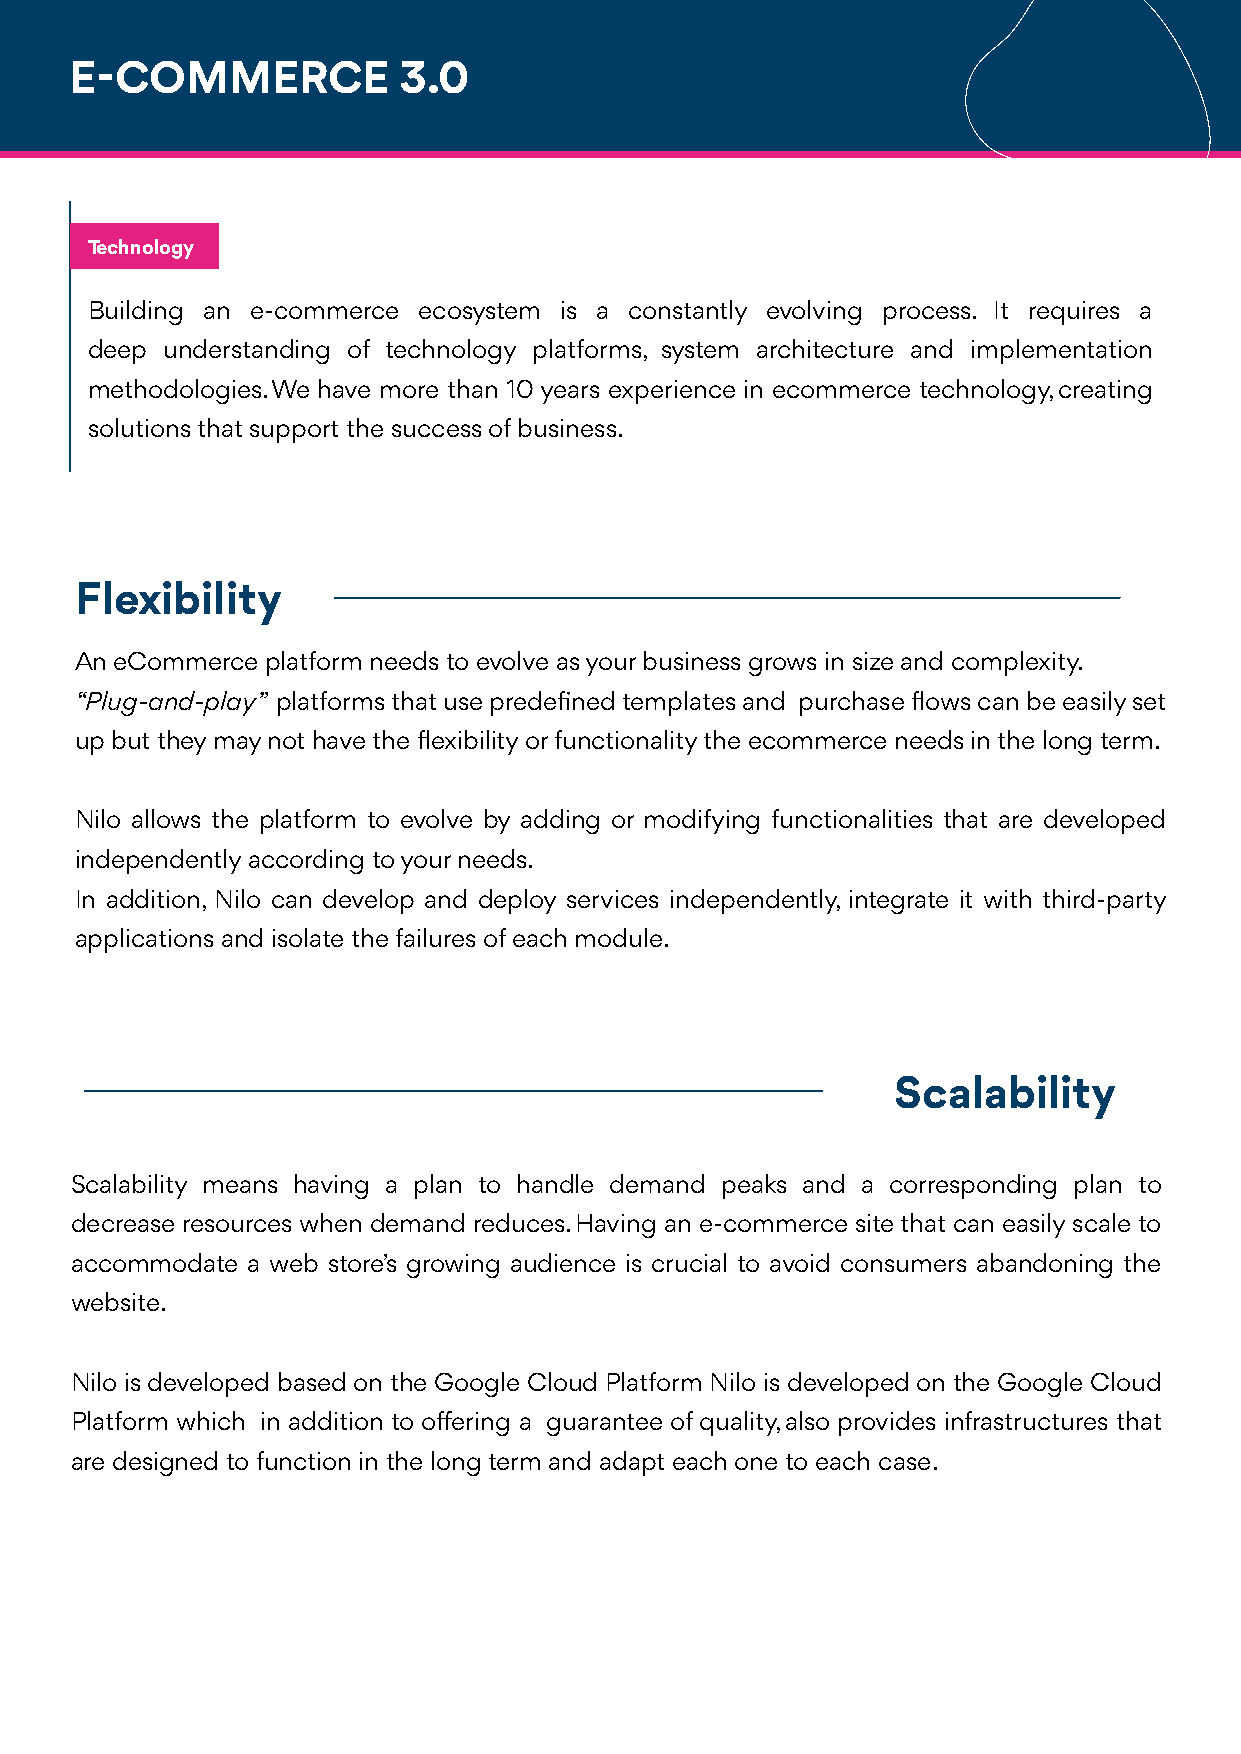
E-COMMERCE           3.0
 Technology
 Building an e-commerce ecosystem is a constantly evolving process. It requires a
 deep understanding of technology platforms, system architecture and implementation
 methodologies. We have more than 10 years experience in ecommerce technology, creating
 solutions that support the success of business.
 Flexibility
 An eCommerce platform needs to evolve as your business grows in size and complexity.
 “Plug-and-play” platforms that use predefined templates and purchase flows can be easily set
 up but they may not have the flexibility or functionality the ecommerce needs in the long term.
 Nilo allows the platform to evolve by adding or modifying functionalities that are developed
 independently according to your needs.
 In addition, Nilo can develop and deploy services independently, integrate it with third-party
 applications and isolate the failures of each module.
 Scalability
 Scalability means having a plan to handle demand peaks and a corresponding plan to
 decrease resources when demand reduces. Having an e-commerce site that can easily scale to
 accommodate a web store’s growing audience is crucial to avoid consumers abandoning the
 website.
 Nilo is developed based on the Google Cloud Platform Nilo is developed on the Google Cloud
 Platform which in addition to offering a guarantee of quality, also provides infrastructures that
 are designed to function in the long term and adapt each one to each case.